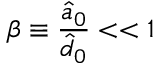
\beta \equiv \frac { \hat { a } _ { 0 } } { \hat { d } _ { 0 } } < < 1